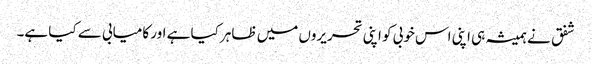
شفق نے ہمیشہ ہی اپنی اس خوبی کو اپنی تحریروں میں ظاہر کیا ہے اور کامیابی سے کیا ہے۔